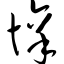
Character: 懔